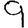
Digit: 9